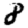
Digit: 8